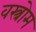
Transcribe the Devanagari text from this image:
वस्त्रोम